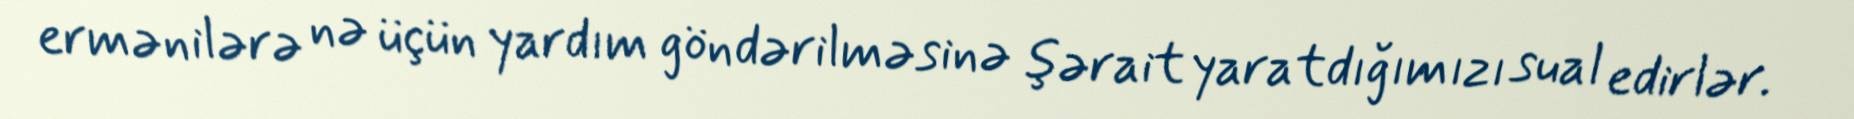
ermənilərə nə üçün yardım göndərilməsinə şərait yaratdığımızı sual edirlər.